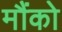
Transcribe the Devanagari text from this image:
मौंको